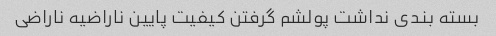
بسته بندی نداشت پولشم گرفتن کیفیت پایین ناراضیه ناراضی